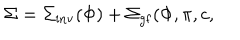
\Sigma = \Sigma _ { \mathrm { i n v } } ( \Phi ) + \Sigma _ { \mathrm { g f } } ( \Phi , \pi , c ,